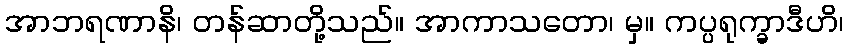
အာဘရဏာနိ၊ တန်ဆာတို့သည်။ အာကာသတော၊ မှ။ ကပ္ပရုက္ခာဒီဟိ၊